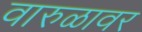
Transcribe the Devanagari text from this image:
वारुळावर